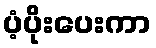
ပံ့ပိုးပေးကာ